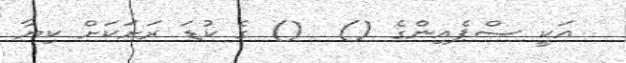
އަކީ ސްޕެއިންގެ ()  () ގެ ކުޑަ ރަށަކަށް ކިޔާ